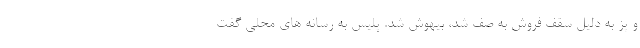
و پز به دلیل سقف فروش به صف شد، بیهوش شد. پلیس به رسانه های محلی گفت